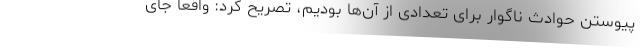
پیوستن حوادث ناگوار برای تعدادی از آن‌ها بودیم، تصریح کرد: واقعا جای